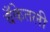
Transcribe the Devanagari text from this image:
बँकेतली